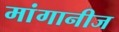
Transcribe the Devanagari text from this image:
मांगानीज